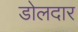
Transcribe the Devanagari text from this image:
डोलदार